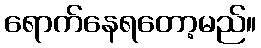
ရောက်နေရတော့မည်။